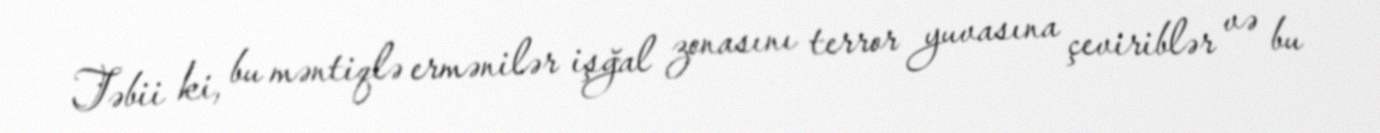
Təbii ki, bu məntiqlə ermənilər işğal zonasını terror yuvasına çeviriblər və bu